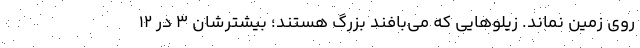
روی زمین نماند. زیلوهایی که می‌بافند بزرگ هستند؛ بیشترشان ۳ در ۱۲